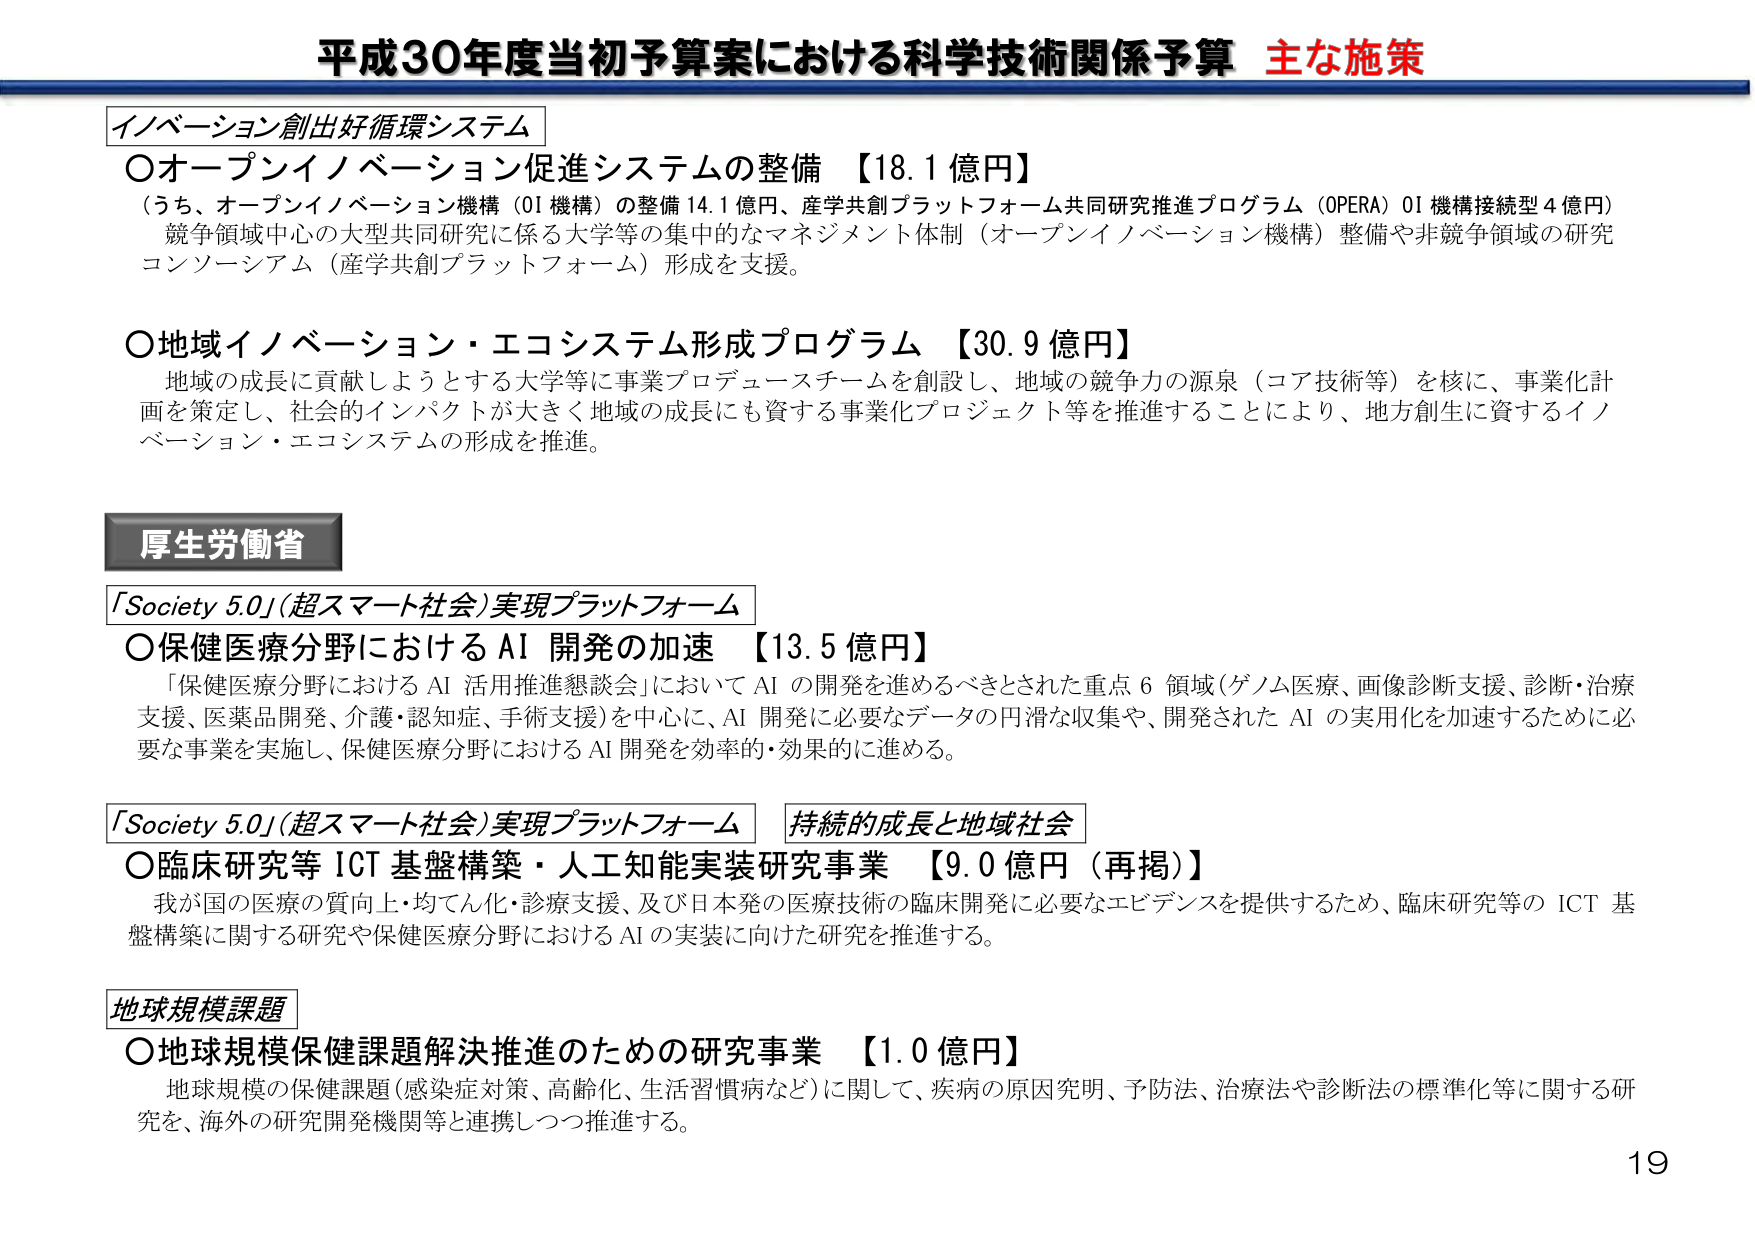
平成30年度当初予算案における科学技術関係予算 主な施策

イノベーション創出好循環システム

○オープンイノベーション促進システムの整備 【18.1 億円】
（うち、オープンイノベーション機構（OI 機構）の整備 14.1 億円、産学共創プラットフォーム共同研究推進プログラム（OPERA）OI 機構接続型 4 億円）
競争領域中心の大型共同研究に係る大学等の集中的なマネジメント体制（オープンイノベーション機構）整備や非競争領域の研究コンソーシアム（産学共創プラットフォーム）形成を支援。

○地域イノベーション・エコシステム形成プログラム 【30.9 億円】
地域の成長に貢献しようとする大学等に事業プロデュースチームを創設し、地域の競争力の源泉（コア技術等）を核に、事業化計画を策定し、社会的インパクトが大きく地域の成長にも資する事業化プロジェクト等を推進することにより、地方創生に資するイノベーション・エコシステムの形成を推進。

厚生労働省

「Society 5.0」（超スマート社会）実現プラットフォーム

○保健医療分野における AI 開発の加速 【13.5 億円】
「保健医療分野における AI 活用推進懇談会」において AI の開発を進めるべきとされた重点 6 領域（ゲノム医療、画像診断支援、診断・治療支援、医薬品開発、介護・認知症、手術支援）を中心に、AI 開発に必要なデータの円滑な収集や、開発された AI の実用化を加速するために必要な事業を実施し、保健医療分野における AI 開発を効率的・効果的に進める。

「Society 5.0」（超スマート社会）実現プラットフォーム 持続的成長と地域社会

○臨床研究等 ICT 基盤構築・人工知能実装研究事業 【9.0 億円（再掲）】
我が国の医療の質向上・均てん化・診療支援、及び日本発の医療技術の臨床開発に必要なエビデンスを提供するため、臨床研究等の ICT 基盤構築に関する研究や保健医療分野における AI の実装に向けた研究を推進する。

地球規模課題

○地球規模保健課題解決推進のための研究事業 【1.0 億円】
地球規模の保健課題（感染症対策、高齢化、生活習慣病など）に関して、疾病の原因究明、予防法、治療法や診断法の標準化等に関する研究を、海外の研究開発機関等と連携しつつ推進する。

19